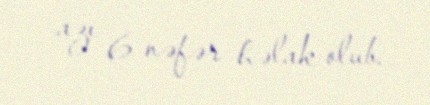
azı 6 nəfər həlak olub.